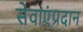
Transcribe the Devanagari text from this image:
सेवाएंप्रदान